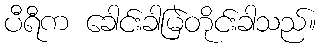
ပီရီက ခေါင်းခါမြဲတိုင်းခါသည်။